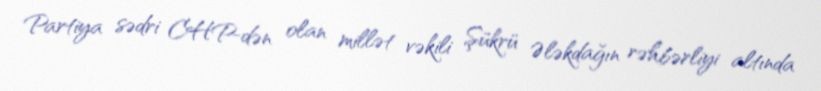
Partiya sədri CHP-dən olan millət vəkili Şükrü Ələkdağın rəhbərliyi altında